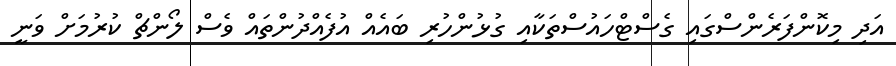
އަދި މިކޮންފަރެންސްގައި ގެސްޓްހައުސްތަކާއި ގުޅުންހުރި ބައެއް އުފެއްދުންތައް ވެސް ލޯންޗް ކުރުމަށް ވަނީ